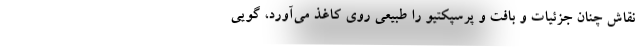
نقاش چنان جزئیات و بافت و پرسپکتیو را طبیعی روی کاغذ می‌آورد، گویی